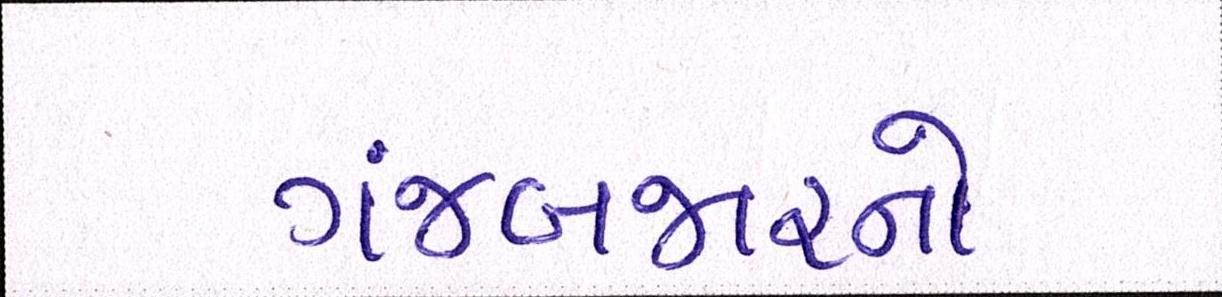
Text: ગંજબજારનો